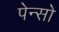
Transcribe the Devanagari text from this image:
पेन्सो